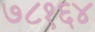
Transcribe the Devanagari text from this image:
७८१६४